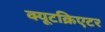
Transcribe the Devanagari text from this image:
क्यूटक्रिएटर